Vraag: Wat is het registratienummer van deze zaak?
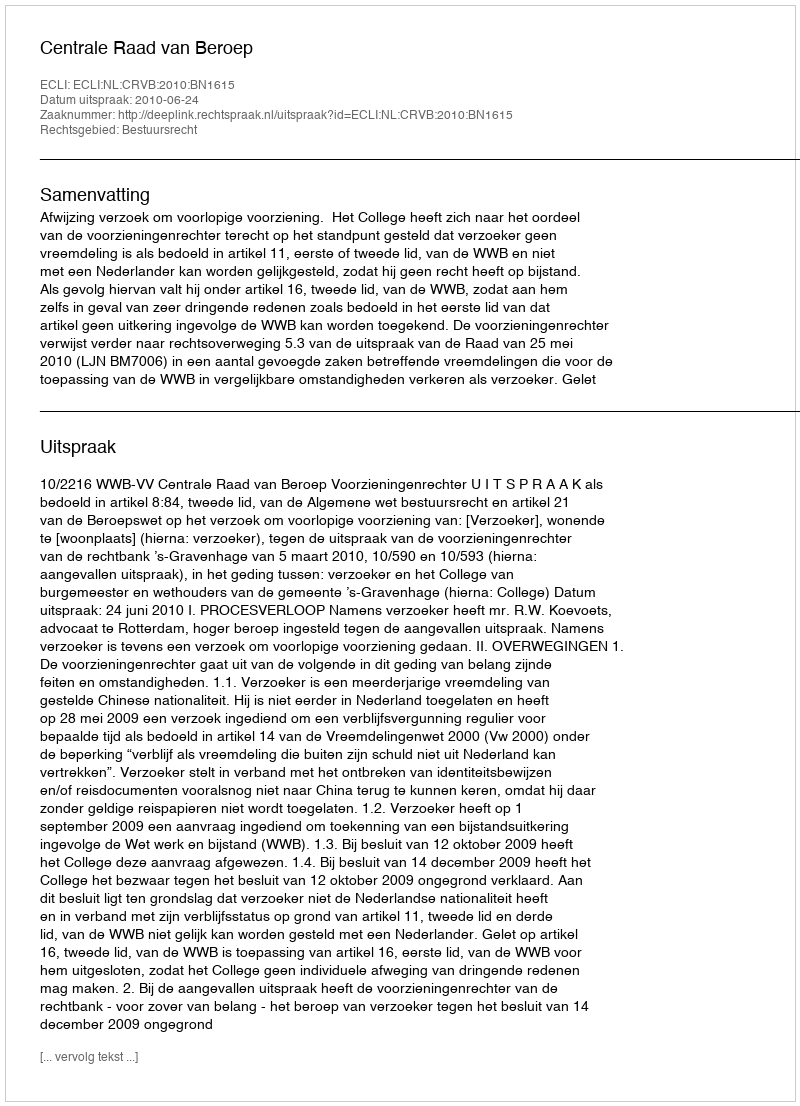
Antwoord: http://deeplink.rechtspraak.nl/uitspraak?id=ECLI:NL:CRVB:2010:BN1615